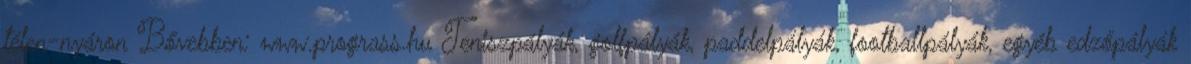
télen-nyáron Bővebben: www.prograss.hu Teniszpályák, golfpályák, paddelpályák, footballpályák, egyéb edzőpályák